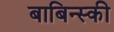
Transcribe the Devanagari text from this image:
बाबिन्स्की